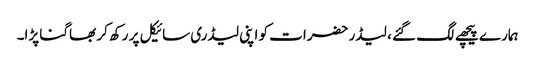
ہمارے پیچھے لگ گئے ، لیڈر حضرات کو اپنی لیڈری سائیکل پر رکھ کر بھاگنا پڑا۔